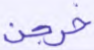
خرجن